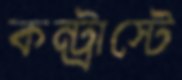
কন্ট্রাস্টে